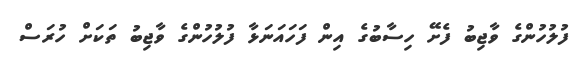
ފުލުހުންގެ ވާޖިބު ފެށޭ ހިިސާބުގެ އިން ފަހައަނަޅާ ފުލުހުންގެ ވާޖިބު ތަކަށް ހުރަސް